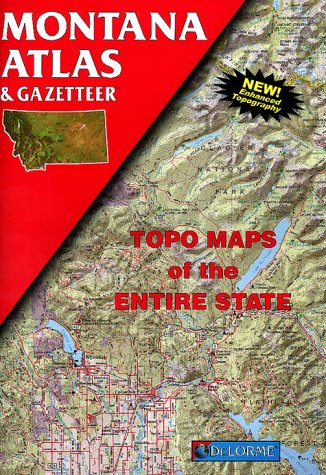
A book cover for Montana Atlas & Gazetteer: Topo Maps of the Entire State; Delorme Mapping Company; Travel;